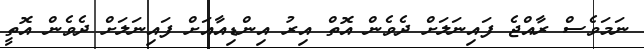
ނަމަވެސް ރާއްޖެ ފައިނަލަށް ދެވެން އޮތް އިރު އިންޑިއާއަށް ފައިނަލަށް ދެވެން އޮތީ